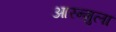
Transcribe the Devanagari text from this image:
आरन्मुला